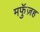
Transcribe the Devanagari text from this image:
मफुॅज़ह